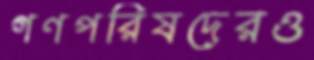
গণপরিষদেরও